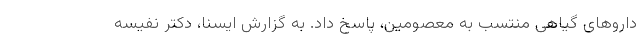
داروهای گیاهی منتسب به معصومین، پاسخ داد. به گزارش ایسنا، دکتر نفیسه